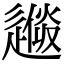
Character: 𨕼